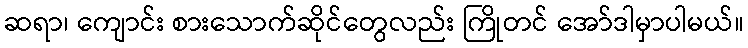
ဆရာ၊ ကျောင်း စားသောက်ဆိုင်တွေလည်း ကြိုတင် အော်ဒါမှာပါမယ်။